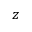
z